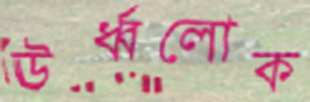
ঊর্ধ্বলোক